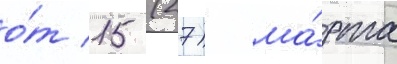
о́т 15 (27) ма́рта